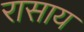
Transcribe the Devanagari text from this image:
रासाय